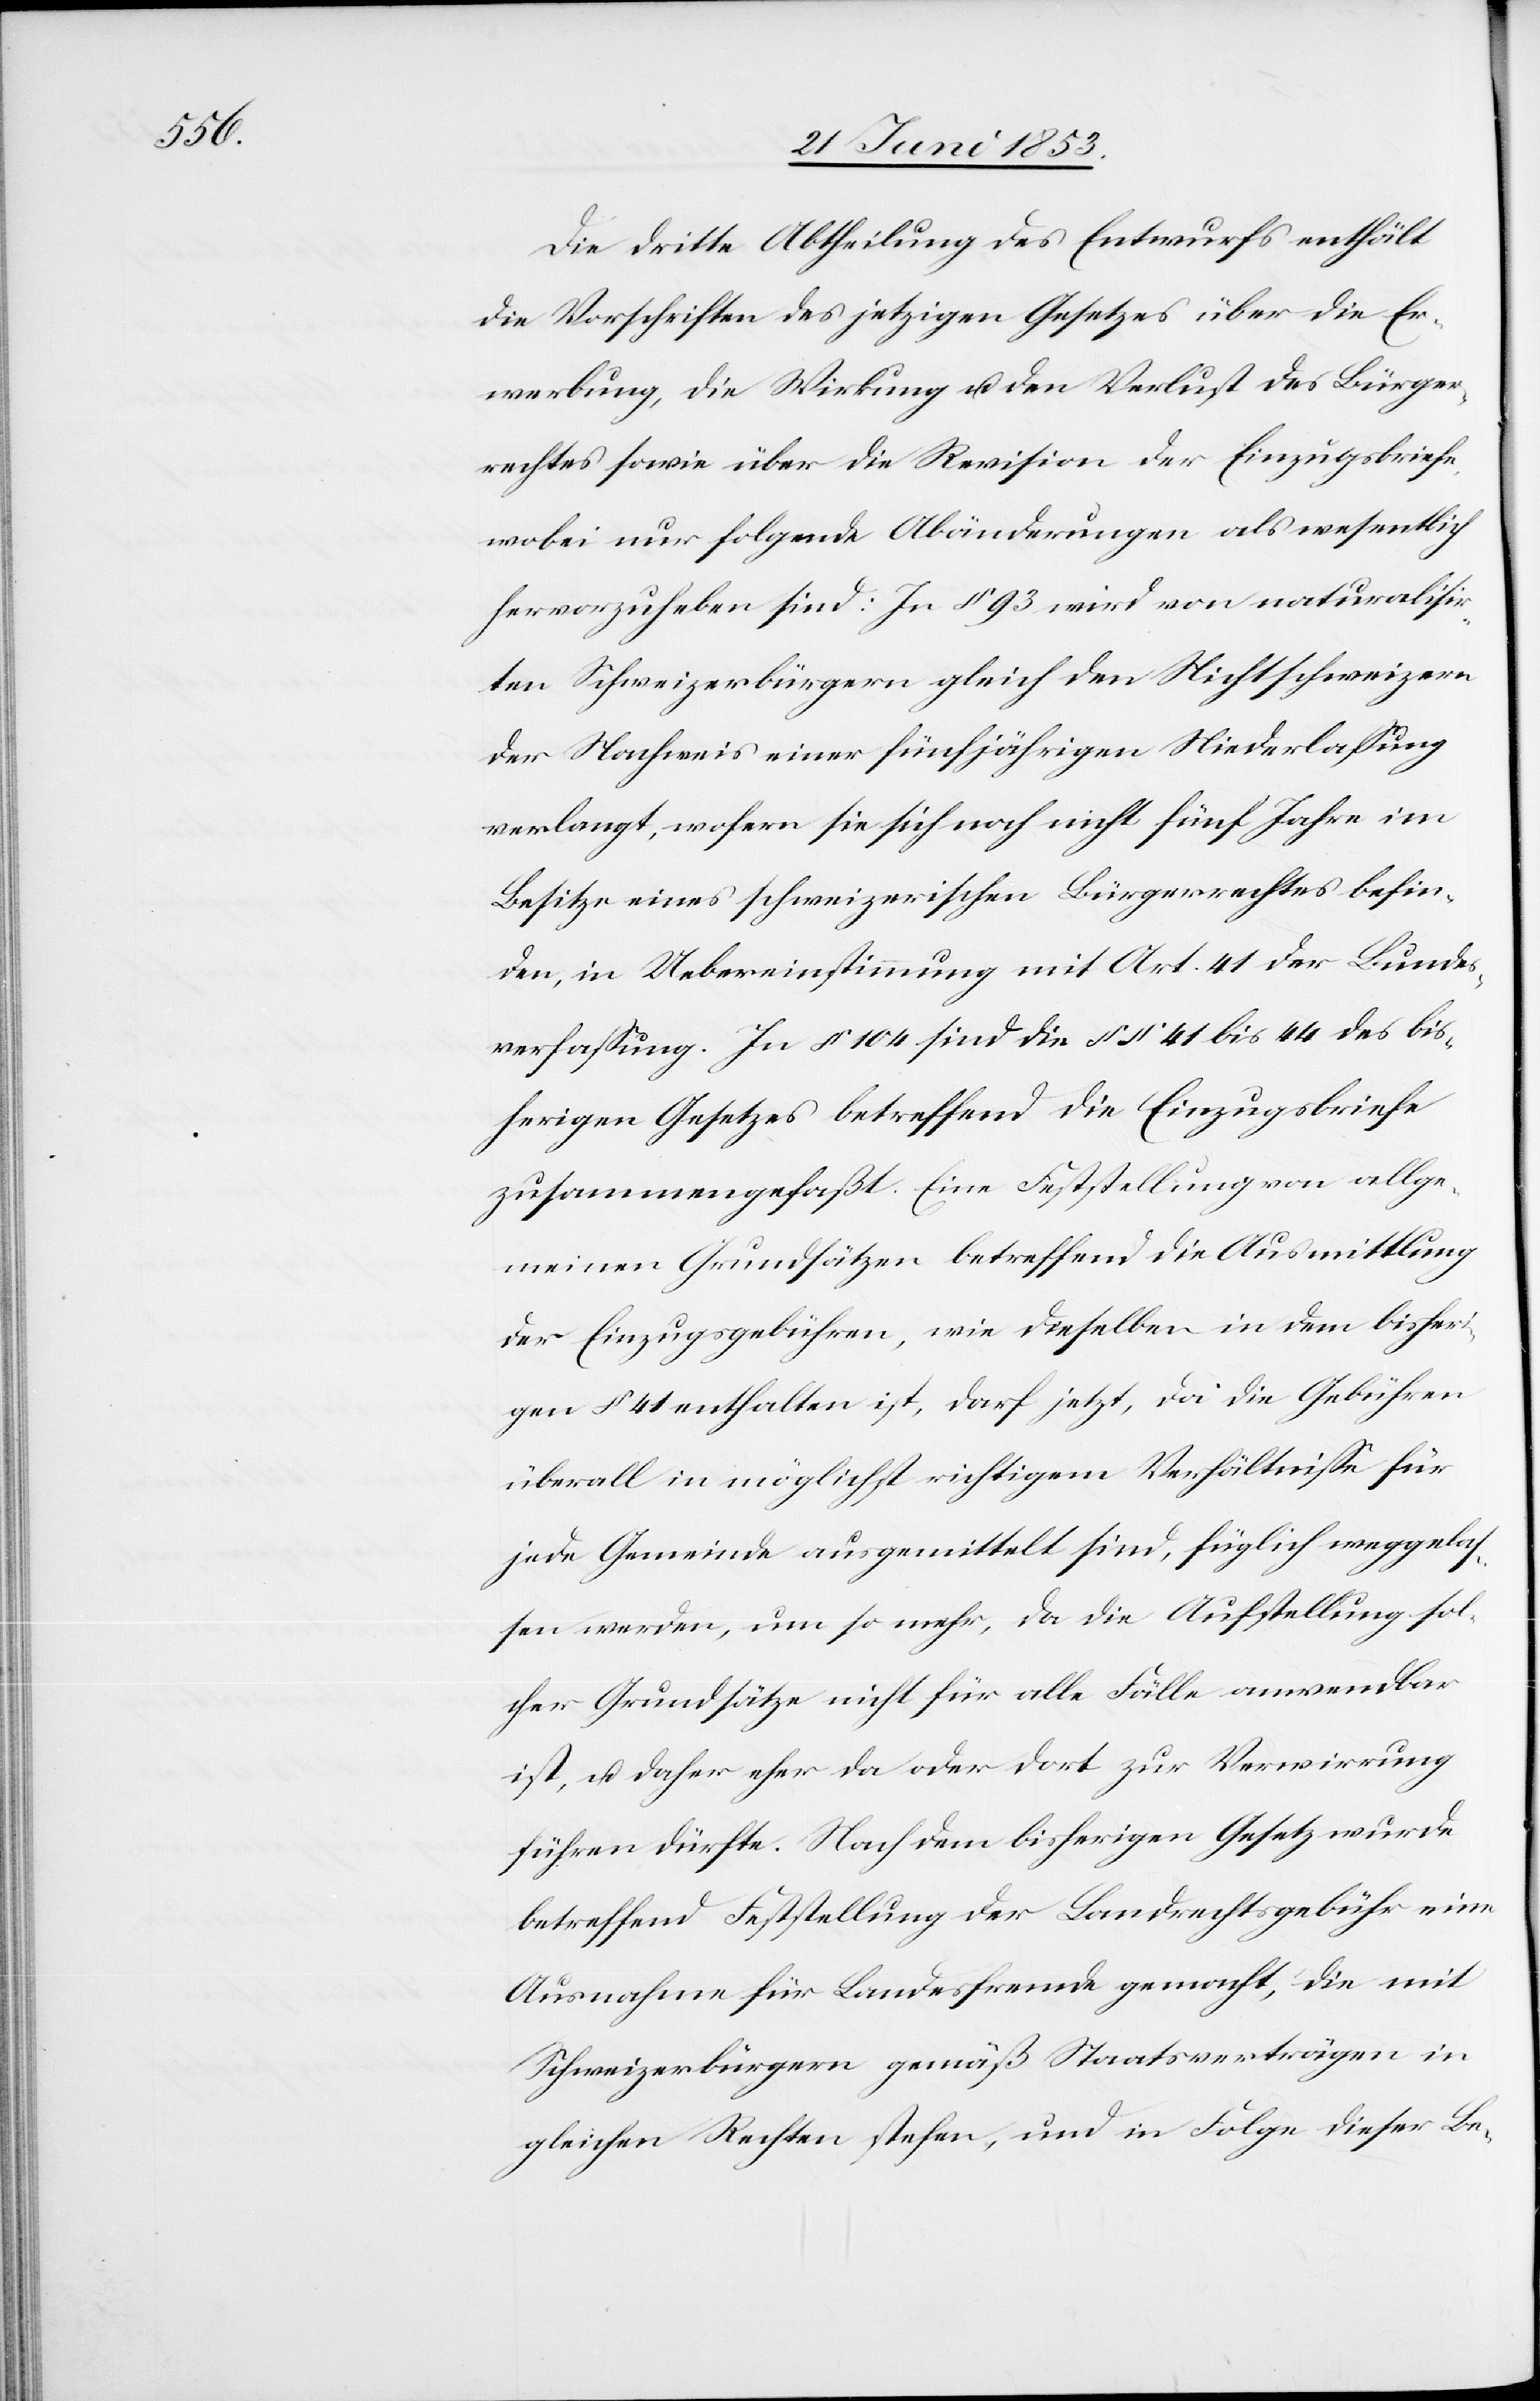
Die dritte Abtheilung des Entwurfs enthält
die Vorschriften des jetzigen Gesetzes über die Er¬
werbung, die Wirkung u. den Verlust des Bürger¬
rechtes sowie über die Revision der Einzugsbriefe,
wobei nur folgende Abänderungen als wesentlich
hervorzuheben sind: In § 93 wird von naturalisir¬
ten Schweizerbürgern gleich den Nichtschweizern
der Nachweis einer fünfjährigen Niederlaßung
verlangt, wofern sie sich noch nicht fünf Jahre im
Besitze eines schweizerischen Bürgerrechtes befin¬
den, in Uebereinstimmung mit Art. 41 der Bundes¬
verfaßung. In § 104 sind die §§ 41 bis 44 des bis¬
herigen Gesetzes betreffend die Einzugsbriefe
zusammengefaßt. Eine Feststellung von allge¬
meinen Grundsätzen betreffend die Ausmittlung
der Einzugsgebühren, wie dieselben in dem bisheri¬
gen § 41 enthalten ist, darf jetzt, da die Gebühren
überall in möglichst richtigem Verhältniße für
jede Gemeinde ausgemittelt sind, füglich weggelaß¬
en werden, um so mehr, da die Aufstellung sol¬
cher Grundsätze nicht für alle Fälle anwendbar
ist, u. daher eher da oder dort zur Verwirrung
führen dürfte. Nach dem bisherigen Gesetz wurde
betreffend Feststellung der Landrechtsgebühr eine
Ausnahme für Landesfremde gemacht, die mit
Schweizerbürgern gemäß Staatsverträgen in
gleichen Rechten stehen, und in Folge dieser Be-